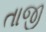
તાજી